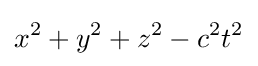
x^{2}+y^{2}+z^{2}-c^{2}t^{2}